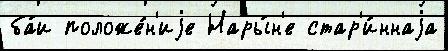
ба́и положе́н'иjе Нары́н'е стар'и́ннаjа